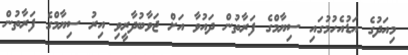
މިއަދުގެ އަޑުއެހުމުގައި ސިޔާމްގެ ފަރާތުން ދައުވާ އަށް ޖަވާބުދާރީވި އިރު ސިޔާމްގެ ފަރާތުން